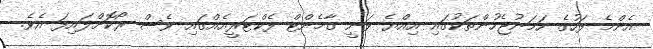
އެންމެ ފަހުގެ ހަމަނުޖެހުންތަކުގައި އިއްޔެ ވަނީ ގާމެންޓް ފެކްޓަރީއެއްގައި ވެސް ރޯކޮށްލައިފަ އެވެ.